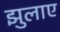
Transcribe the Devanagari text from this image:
झुलाए